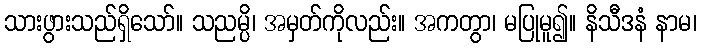
သားဖွားသည်ရှိသော်။ သညမ္ပိ၊ အမှတ်ကိုလည်း။ အကတွာ၊ မပြုမူ၍။ နိသီဒနံ နာမ၊